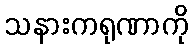
သနားကရုဏာကို